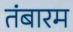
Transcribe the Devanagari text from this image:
तंबारम